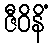
ဇီဝိနိံ